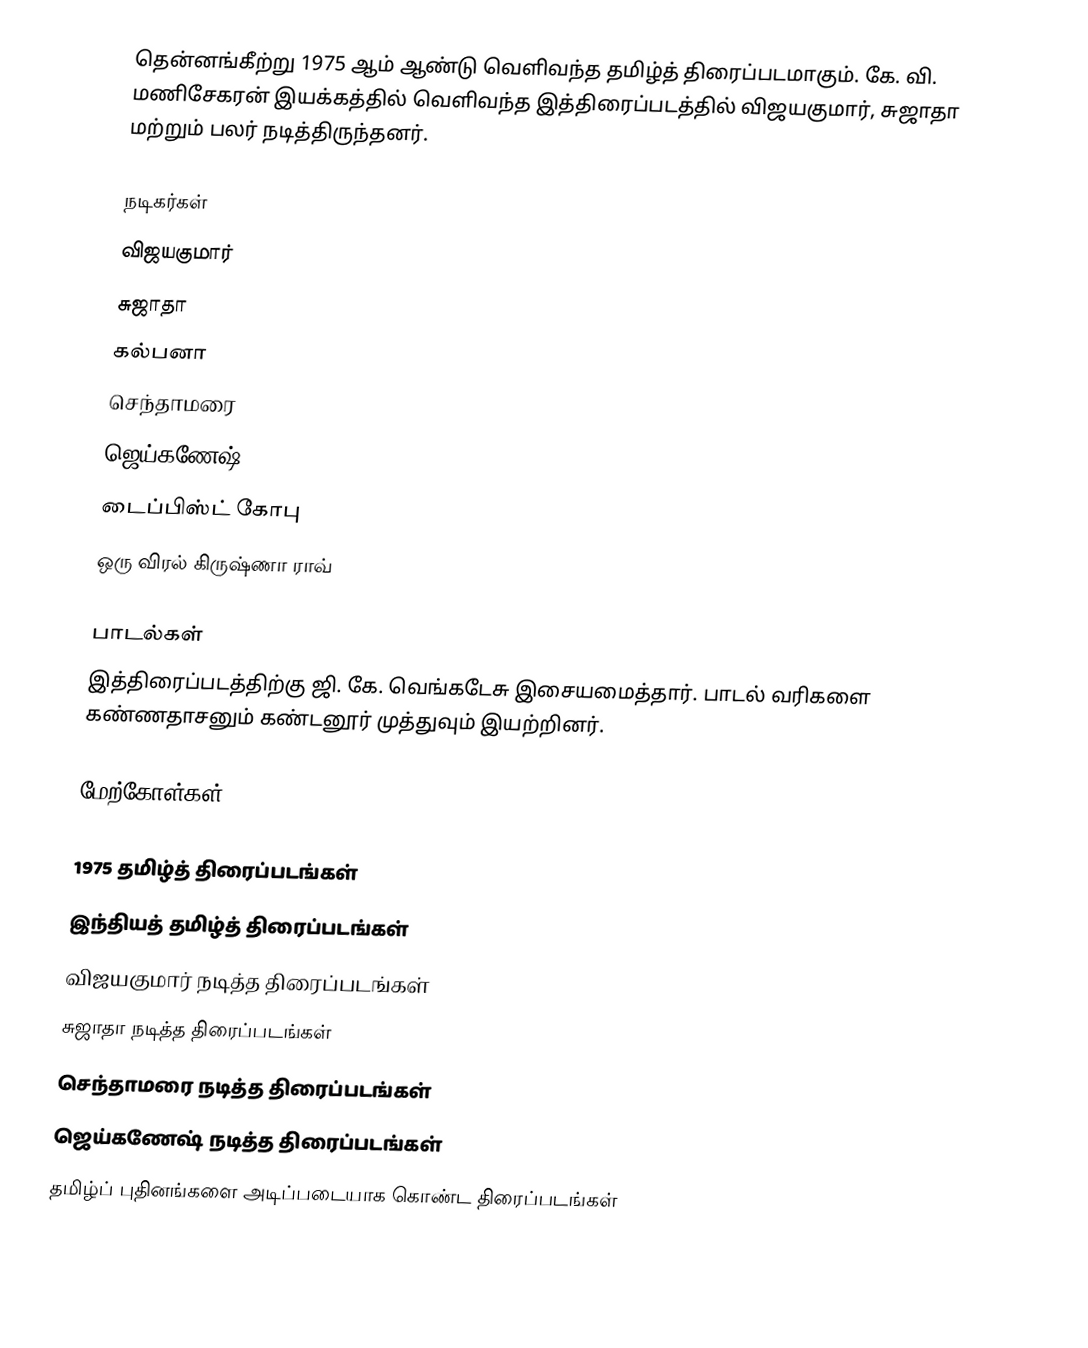
தென்னங்கீற்று 1975 ஆம் ஆண்டு வெளிவந்த தமிழ்த் திரைப்படமாகும். கே. வி. மணிசேகரன் இயக்கத்தில் வெளிவந்த இத்திரைப்படத்தில் விஜயகுமார், சுஜாதா மற்றும் பலர் நடித்திருந்தனர்.

நடிகர்கள்
 விஜயகுமார்
 சுஜாதா
 கல்பனா
 செந்தாமரை
 ஜெய்கணேஷ்
 டைப்பிஸ்ட் கோபு
 ஒரு விரல் கிருஷ்ணா ராவ்

பாடல்கள்
இத்திரைப்படத்திற்கு ஜி. கே. வெங்கடேசு இசையமைத்தார். பாடல் வரிகளை கண்ணதாசனும் கண்டனூர் முத்துவும் இயற்றினர்.

மேற்கோள்கள்

1975 தமிழ்த் திரைப்படங்கள்
இந்தியத் தமிழ்த் திரைப்படங்கள்
விஜயகுமார் நடித்த திரைப்படங்கள்
சுஜாதா நடித்த திரைப்படங்கள்
செந்தாமரை நடித்த திரைப்படங்கள்
ஜெய்கணேஷ் நடித்த திரைப்படங்கள்
தமிழ்ப் புதினங்களை அடிப்படையாக கொண்ட திரைப்படங்கள்